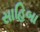
સાહિબા